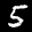
Label: 5